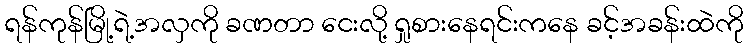
ရန်ကုန်မြို့ရဲ့အလှကို ခဏတာ ငေးလို့ ရှုစားနေရင်းကနေ ခင့်အခန်းထဲကို